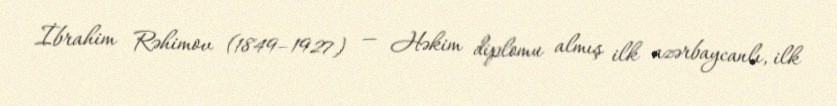
İbrahim Rəhimov (1849–1927) — Həkim diplomu almış ilk azərbaycanlı, ilk